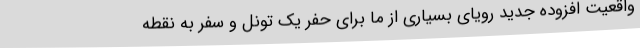
واقعیت افزوده جدید رویای بسیاری از ما برای حفر یک تونل و سفر به نقطه